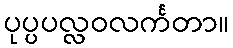
ပုပ္ပပလ္လဝလင်္ကတာ။